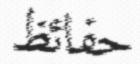
حفائظ